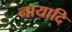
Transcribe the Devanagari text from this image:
नायादि